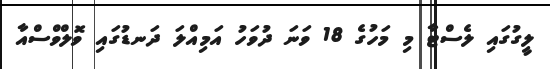
ލީގުގައި ލެސްޓާ މި މަހުގެ 18 ވަނަ ދުވަހު އަމިއްލަ ދަނޑުގައި ވޮލްވްސްއާ